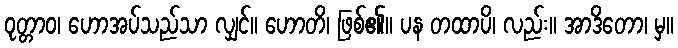
ဝုတ္တာဝ၊ ဟောအပ်သည်သာ လျှင်။ ဟောတိ၊ ဖြစ်၏။ ပန တထာပိ၊ လည်း။ အာဒိတော၊ မှ။